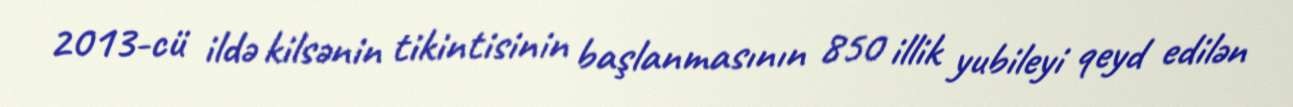
2013-cü ildə kilsənin tikintisinin başlanmasının 850 illik yubileyi qeyd edilən